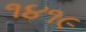
૧૪૧૯